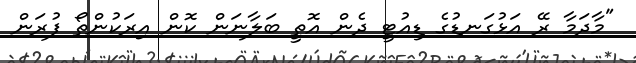
"މާދަމާ ރޭ އަޅުގަނޑުގެ ޑިއުޓީ ދެން އޮތީ ބަލާނަން ކޮން އިރަކުންތޯ ފުރަން